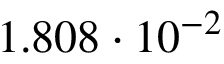
1 . 8 0 8 \cdot 1 0 ^ { - 2 }